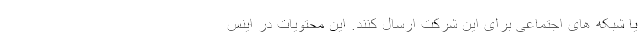
یا شبکه های اجتماعی برای این شرکت ارسال کنند. این محتویات در اینس